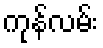
ကုန်လမ်း